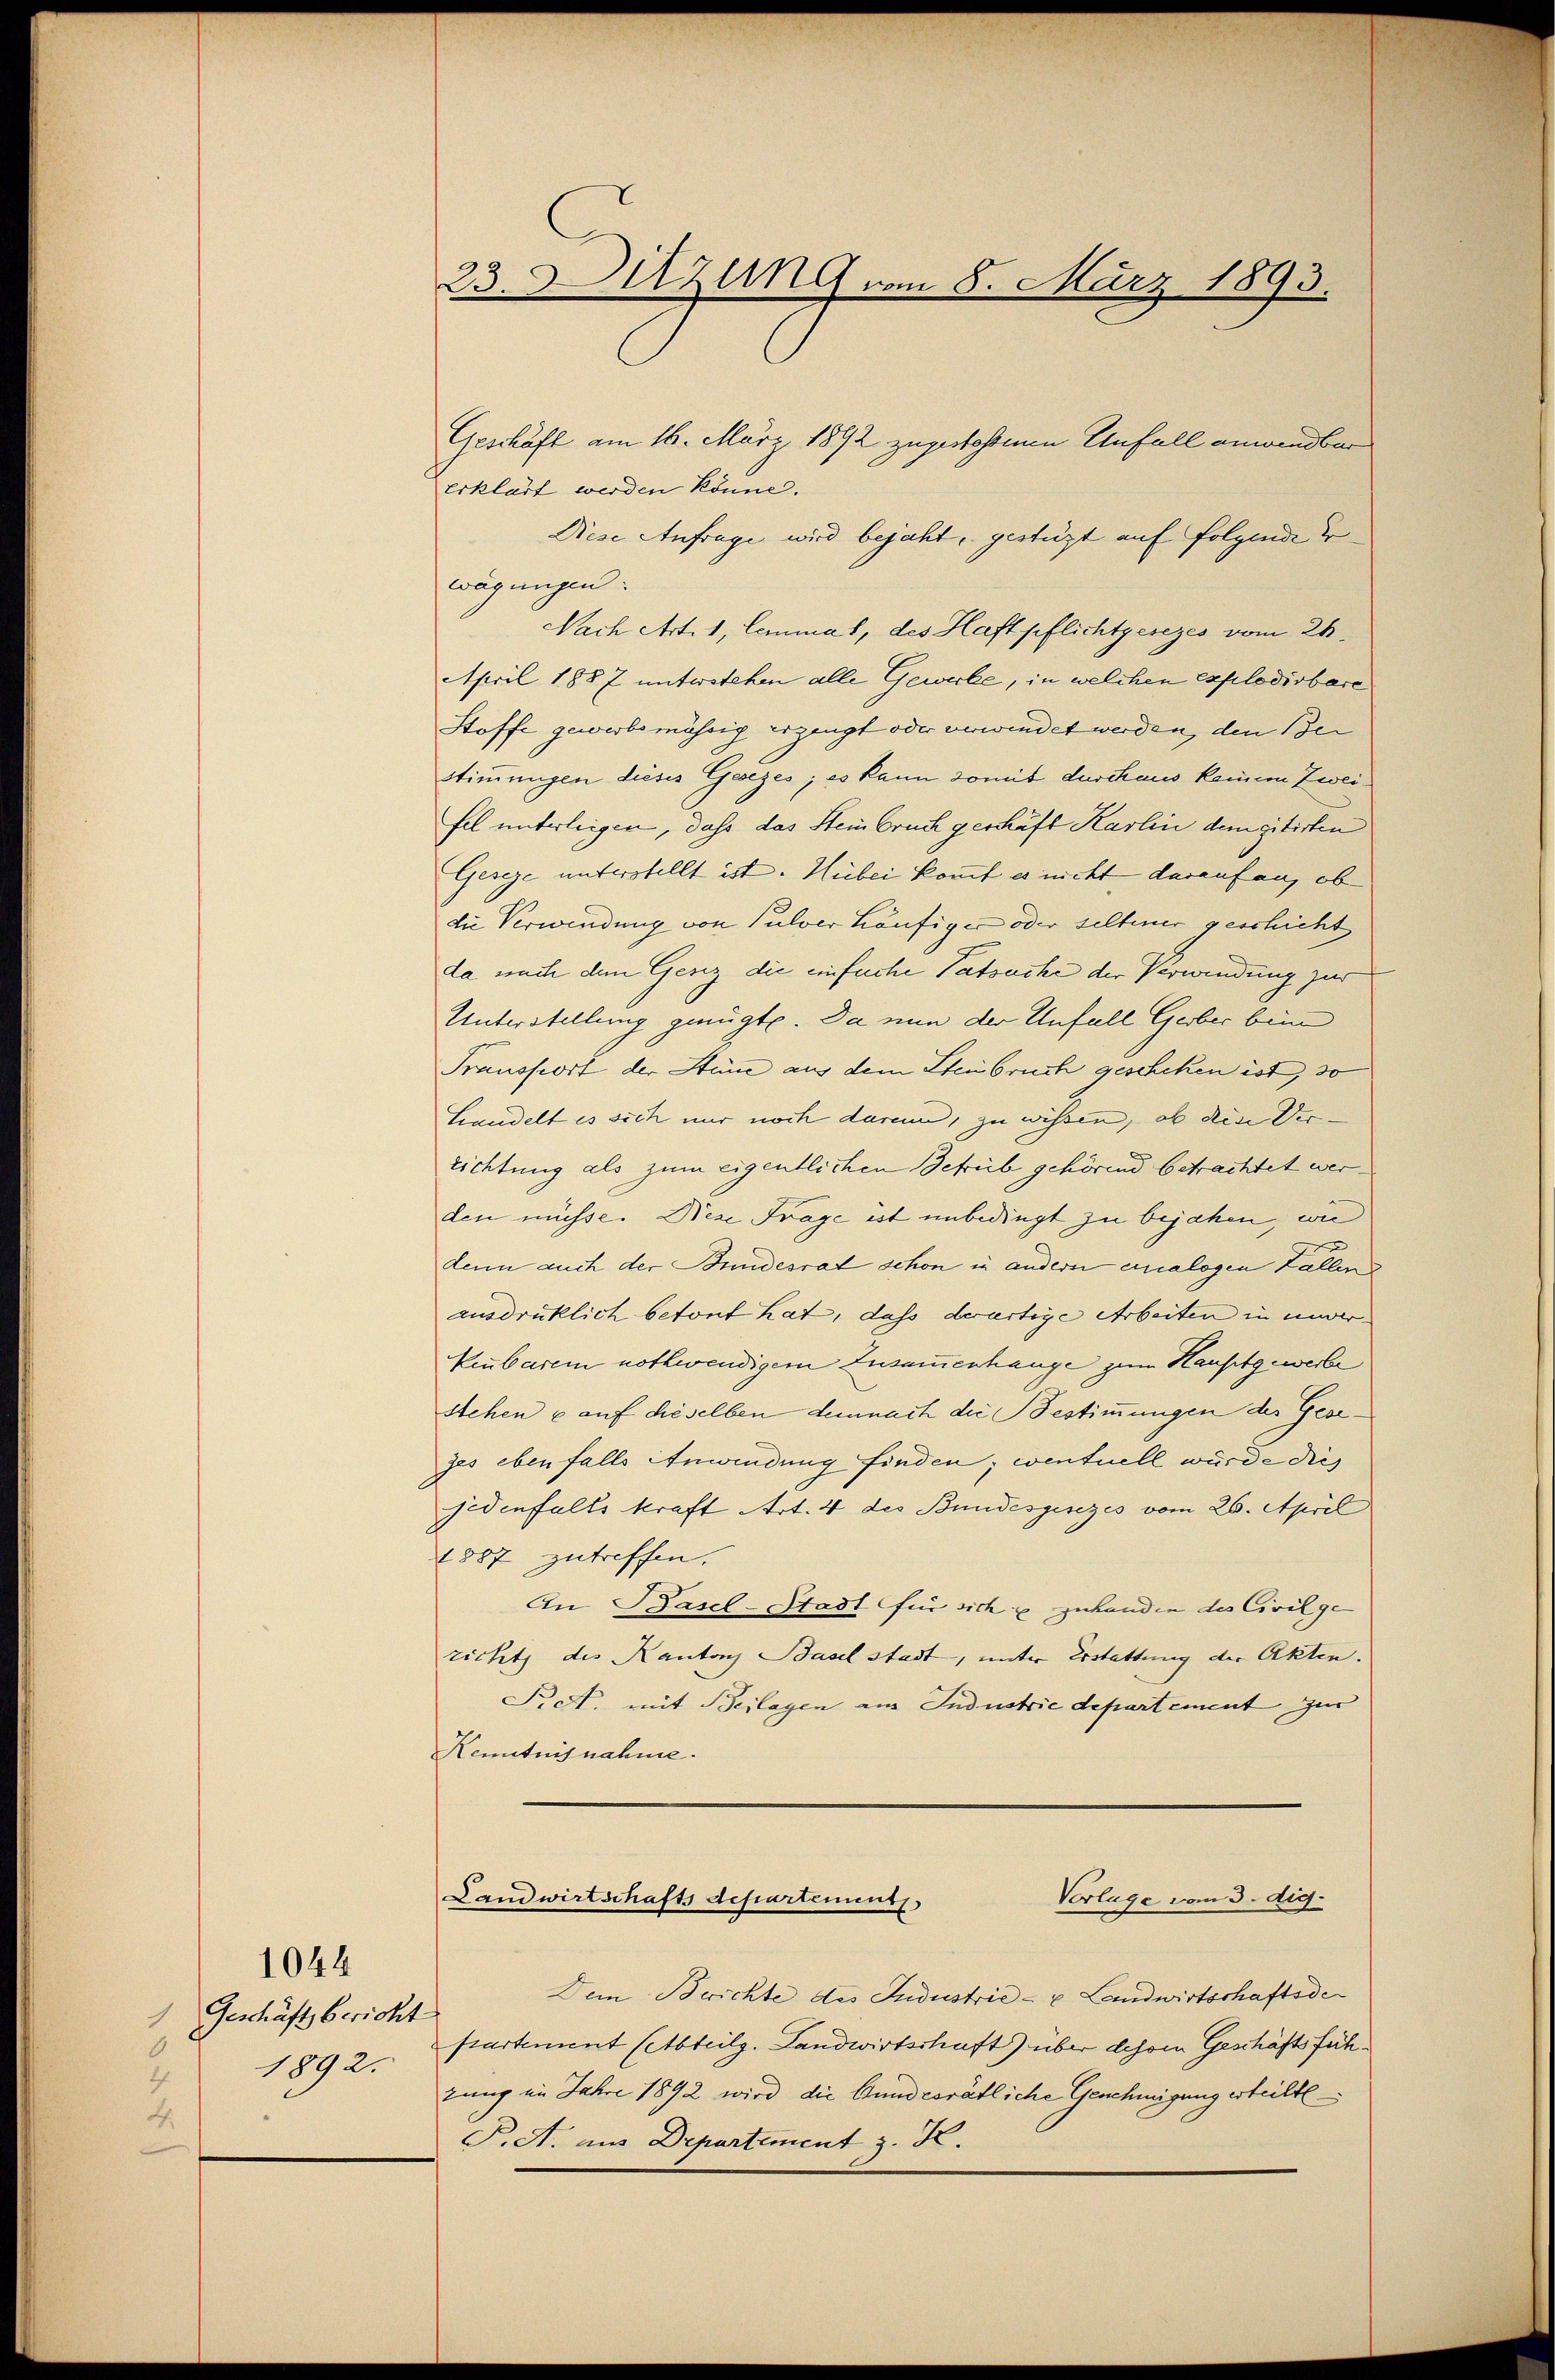
1044
Geschäft bericht
6
1892.
2
4.

23. Dilzung vom 8. März 1893.

Geschäft am 16. März 1892 zugestehenen Unfall anwendbar
erklärt werden könne.
Diese Anfrage wird bejaht, gestüzt auf folgende e
wägungen.
Nach Art. 1, lemmal, des Haftpflichtgesezes vom 26.
April 1887 unterstehen alle Gewerbe, in welchen explodirbare
Stoffe gewerbsmährig erzeugt oder verwindet werden, den Be
stimmungen dieses Gesezes; es kann somit durchaus keinem Zweifel unterleigen, dass das Steinbruch geschäft Karlin den gitirten
Geseze unterstellt ist. Hiebei kommt es nicht darauf an, ob
die Verwendung von Pulver Häufiger oder seltener geschicht
da nach dem Genz die einfache Tatsache der Verwindung zur
Unterstellung genügte. Da nun der Unfall Gerber bein
Transport der Steine aus dem Steinbruch geschehen ist, so
Handelt es sich nur noch darum, zu wissen, ob den Ver-
richtung als zum eigentlichen Schreib gehörend betrachtet werden müsse. Diese Frage ist unbedingt zu bejahen wie
d
denn auch der Bundesrat schon in andern analogen Fallen
ausdrücklich betont hat, dass derartige Arbeiten in unverkenbarem nothwendigem Zusammenhange zum Hauptgewerbe
Stehen u auf dieselben demnach die Bestimmungen der Georzes ebenfalls Anwendung finden; centuell wurde dies
sidenfalls kraft Art. 4 des Bundesgesezes vom 26. April
1887 zutreffen.
An Basel-Stadt für sich x zuhanden des Civilge
zicht des Kantons Baselstadt, unter Erstattung der Akten.
Pickt, mit Beilagen am Industrie departement zur
Kenntnisnahme.
Landwirtschafts departement
Vorlage vom 3. dig.
Dem Berichte des Industrie - u Landwirtschaftsde
ptartement (Abteilg. Landwirtschaft) über dehen Geschäftsfühzung im Jahre 1892 wird die Gundesrätliche Genehmigung erteilte
P.A. aus Departement z. K.